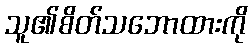
သူ၏စိတ်သဘောထားကို